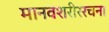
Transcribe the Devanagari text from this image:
मानवशरीररचना